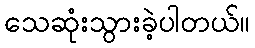
သေဆုံးသွားခဲ့ပါတယ်။